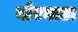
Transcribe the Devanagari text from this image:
बोरघाटा